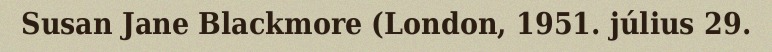
Susan Jane Blackmore (London, 1951. július 29.